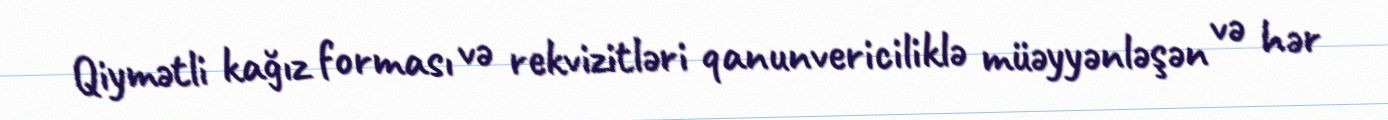
Qiymətli kağız forması və rekvizitləri qanunvericiliklə müəyyənləşən və hər